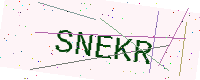
Text: SNEKR